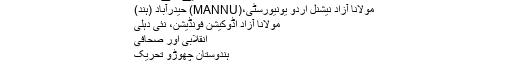
یومِ تعلیم
منسوب کیے گئے ادارے
مولانا آزاد نیشنل اردو یونیورسٹی،(MANNU) حیدرآباد (ہند)
مولانا آزاد اڈوکیشن فونڈیشن، نئی دہلی
انقلابی اور صحافی
ہندوستان چھوڑو تحریک
میراث اور اثر و رسوخ
آپ 69 سال کی عمر میں 22 فروری، 1958ء کو وفات پائی۔